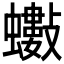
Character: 𧔅